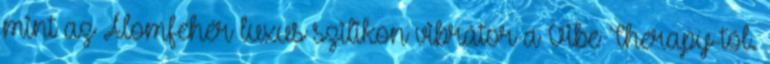
mint az Álomfehér luxus szilikon vibrátor a Vibe Therapy-tól.